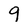
Character: 9